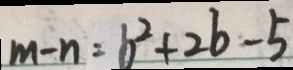
m - n = b ^ { 2 } + 2 b - 5